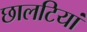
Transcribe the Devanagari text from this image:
छालटियां